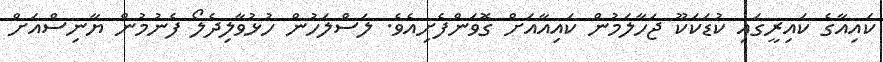
ކައިއާގެ ކައިރީގައި ކުޑަކަކޫ ޖަހާލަމުން ކައިއާއަށް ގޮވަންފެށިއެވެ. ލަސްލަހުން ހުޅުވާލިދެލޯ ފެނުމުން ޔާނިސްއަށް